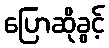
ပြောဆိုခွင့်